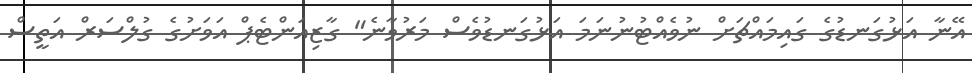
އޭނާ އަޅުގަނޑުގެ ގައިމައްޗަށް ނުވެއްޓުނުނަމަ އަޅުގަނޑުވެސް މަރުވާނެ" ގާޒިއަންޓެޕް އަވަށުގެ ގުލްސަރް އަތީސް